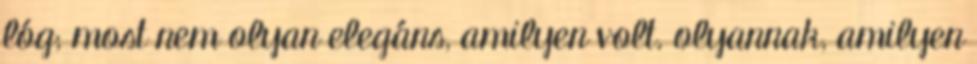
lóg; most nem olyan elegáns, amilyen volt. olyannak, amilyen